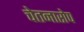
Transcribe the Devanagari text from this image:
चेतनारोप